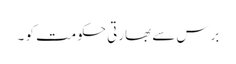
برس سے بھارتی حکومت کو ۔